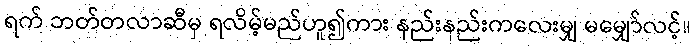
ရက် ဘတ်တလာဆီမှ ရလိမ့်မည်ဟူ၍ကား နည်းနည်းကလေးမျှ မမျှော်လင့်။